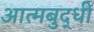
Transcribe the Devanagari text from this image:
आत्मबुद्धी